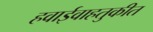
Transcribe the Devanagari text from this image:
हवाईवाहतुकीत